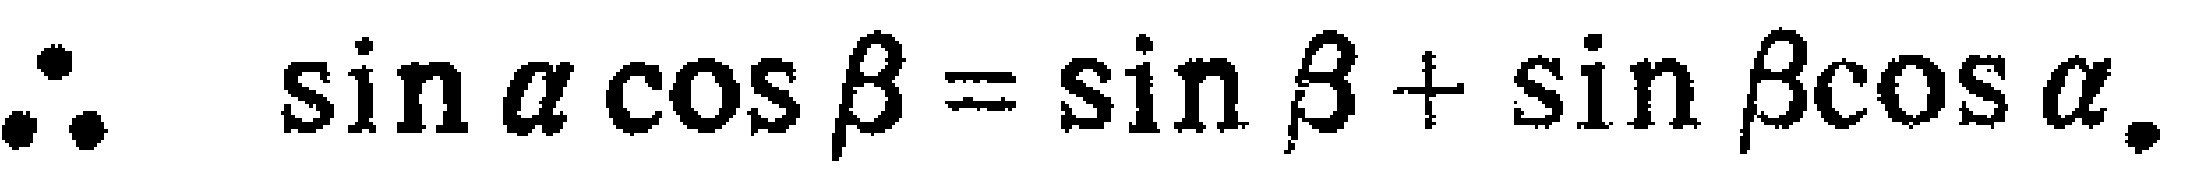
\(\therefore \sin \alpha \cos \beta=\sin \beta+\sin \beta\cos \alpha.\)